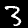
Label: 3